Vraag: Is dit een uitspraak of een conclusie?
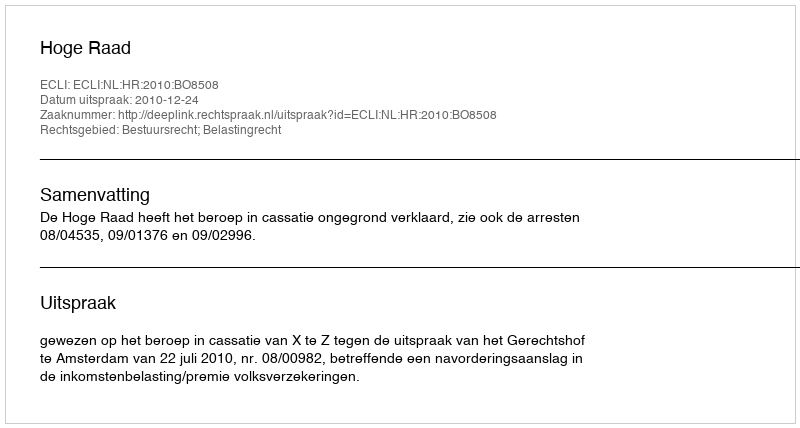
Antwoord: Uitspraak